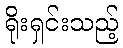
ရိုးရှင်းသည့်